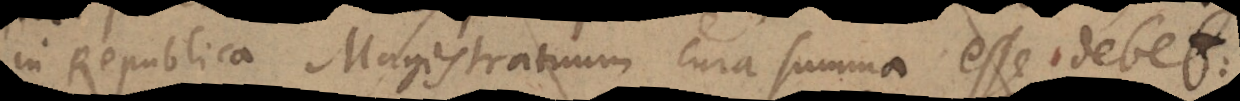
in Republica Magistratuum cura summa esse debet: